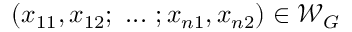
( x _ { 1 1 } , x _ { 1 2 } ; ~ . . . ~ ; x _ { n 1 } , x _ { n 2 } ) \in \mathcal { W } _ { G }